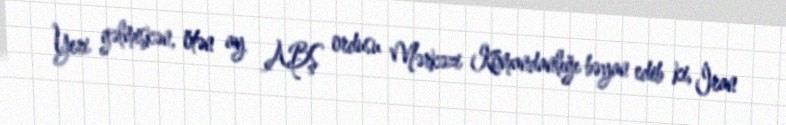
Yeri gəlmişkən, ötən ay ABŞ ordusu Mərkəzi Komandanlığı bəyan edib ki, İran